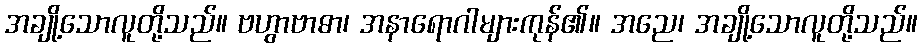
အချို့သောလူတို့သည်။ ဗဟွာဗာဓာ၊ အနာရောဂါများကုန်၏။ အညေ၊ အချို့သောလူတို့သည်။